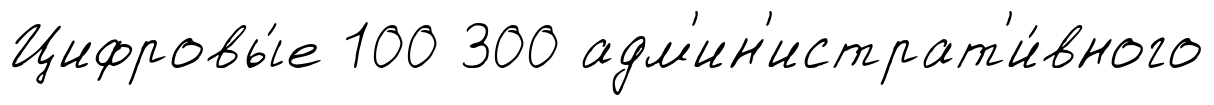
Цифровы́е 100 300 адм'ин'истрат'и́вного